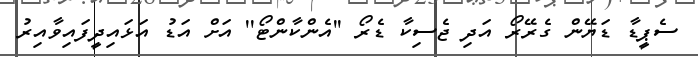
ސެޕީޑާ ޑަޔޭން ގެރޭރޯ އަދި ޖެސިކާ ޑެރޯ ''އެންކާންޓޯ'' އަށް އަޑު އަޅައިދީފައިވާއިރު